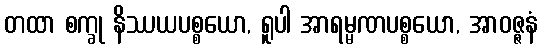
တထာ စက္ခု နိဿယပစ္စယော, ရူပါ အာရမ္မဏပစ္စယော, အာဝဇ္ဇနံ